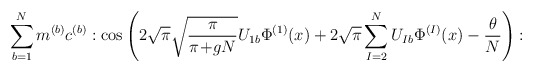
\begin{align*}\sum_{b=1}^N m^{(b)} c^{(b)}: \cos \left(2 \sqrt{\pi} \sqrt{\frac{\pi}{\pi\!+\!gN}} U_{1 b} \Phi^{(1)}(x)+ 2\sqrt{\pi} \sum_{I=2}^N U_{I b} \Phi^{(I)}(x) - \frac{\theta}{N} \right) :\end{align*}